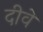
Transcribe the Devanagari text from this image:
दीवे